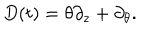
D ( t ) = \theta \partial _ { z } + \partial _ { \theta } .